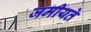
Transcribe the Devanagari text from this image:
जमीयते